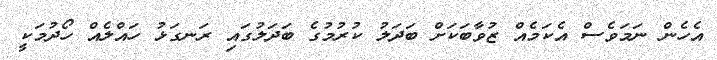
އެހެން ނަމަވެސް އެކަމެއް ޒުވާބަކަށް ބަދަލު ކުރުމުގެ ބަދަލުގައި ރަނގަޅު ހައްލެއް ހޯދުމަކީ